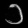
Digit: ၁